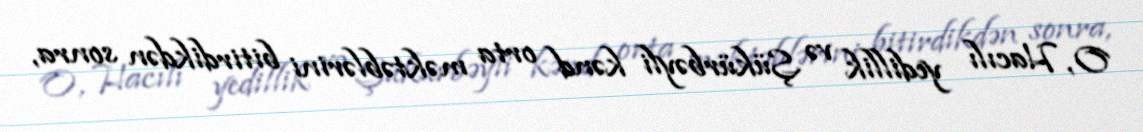
O, Hacılı yedillik və Şükürbəyli kənd orta məktəblərini bitirdikdən sonra,